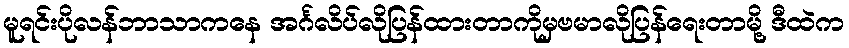
မူရင်းပိုလန်ဘာသာကနေ အင်္ဂလိပ်လိုပြန်ထားတာကိုမှဗမာလိုပြန်ရေးတာမို့ ဒီထဲက